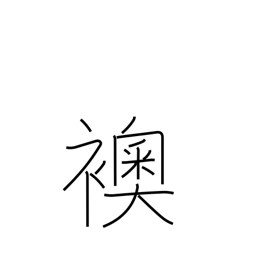
Meaning: opaque sliding door